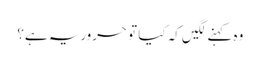
وہ کہنے لگیں کہ کیا تو حروریہ ہے؟